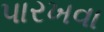
પારખવા